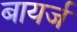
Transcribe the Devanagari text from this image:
बायर्ज